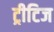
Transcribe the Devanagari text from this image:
ट्रीटिज